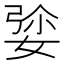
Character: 𡝡